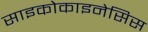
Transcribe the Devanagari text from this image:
साइकोकाइनेसिस